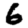
Digit: 6